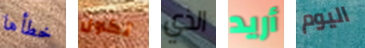
خطأها تكون الذي أريد اليوم